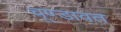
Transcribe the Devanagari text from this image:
चूण्डावत